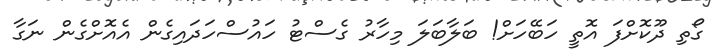
ގޯތި ދޫކޮށްފަ އޮތީ ހަބޭހަށް! ބަލާބަލަ މިހާރު ގެސްޓު ހައުސްހަދައިގެން އެއޮށްގެން ނަގާ